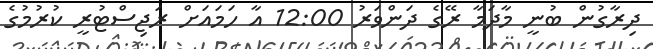
ދިރާގުން ބުނީ މާދަމާ ރޭގެ ދަންވަރު 12:00 އާ ހަމައަށް ރަޖިސްޓުރީ ކުރުމުގެ